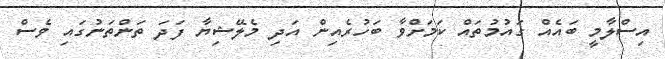
އިސްލާމީ ބައެއް ގައުމުތައް ކަމަށްވާ ބަހުރެއިން އަދި މެލޭޝިޔާ ފަދަ ތަންތަނުގައި ވެސް